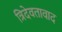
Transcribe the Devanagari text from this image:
त्रिदेवतावाद